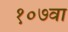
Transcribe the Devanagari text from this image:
१०७वा